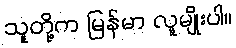
သူတို့က မြန်မာ လူမျိုးပါ။